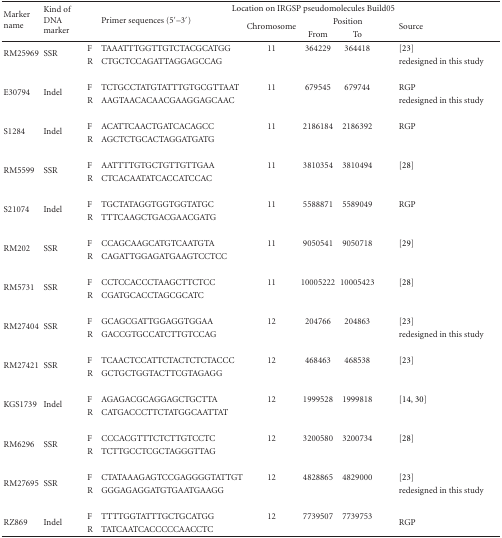
<table><thead><tr><td rowspan="3"><b>Marker name</b></td><td rowspan="3"><b>Kind of DNA marker</b></td><td rowspan="3"></td><td rowspan="3"><b>Primer sequences (5′–3′)</b></td><td colspan="3"><b>Location on IRGSP pseudomolecules Build05</b></td><td></td></tr><tr><td rowspan="2"><b>Chromosome</b></td><td colspan="2"><b>Position</b></td><td rowspan="2"><b>Source</b></td></tr><tr><td><b>From</b></td><td><b>To</b></td></tr></thead><tbody><tr><td rowspan="2">RM25969</td><td rowspan="2">SSR</td><td>F</td><td>TAAATTTGGTTGTCTACGCATGG</td><td>11</td><td>364229</td><td>364418</td><td>[23]</td></tr><tr><td>R</td><td>CTGCTCCAGATTAGGAGCCAG</td><td></td><td></td><td></td><td>redesigned in this study</td></tr><tr><td rowspan="2">E30794</td><td rowspan="2">Indel</td><td>F</td><td>TCTGCCTATGTATTTGTGCGTTAAT</td><td>11</td><td>679545</td><td>679744</td><td>RGP</td></tr><tr><td>R</td><td>AAGTAACACAACGAAGGAGCAAC</td><td></td><td></td><td></td><td>redesigned in this study</td></tr><tr><td rowspan="2">S1284</td><td rowspan="2">Indel</td><td>F</td><td>ACATTCAACTGATCACAGCC</td><td>11</td><td>2186184</td><td>2186392</td><td>RGP</td></tr><tr><td>R</td><td>AGCTCTGCACTAGGATGATG</td><td></td><td></td><td></td><td></td></tr><tr><td rowspan="2">RM5599</td><td rowspan="2">SSR</td><td>F</td><td>AATTTTGTGCTGTTGTTGAA</td><td>11</td><td>3810354</td><td>3810494</td><td>[28]</td></tr><tr><td>R</td><td>CTCACAATATCACCATCCAC</td><td></td><td></td><td></td><td></td></tr><tr><td rowspan="2">S21074</td><td rowspan="2">Indel</td><td>F</td><td>TGCTATAGGTGGTGGTATGC</td><td>11</td><td>5588871</td><td>5589049</td><td>RGP</td></tr><tr><td>R</td><td>TTTCAAGCTGACGAACGATG</td><td></td><td></td><td></td><td></td></tr><tr><td rowspan="2">RM202</td><td rowspan="2">SSR</td><td>F</td><td>CCAGCAAGCATGTCAATGTA</td><td>11</td><td>9050541</td><td>9050718</td><td>[29]</td></tr><tr><td>R</td><td>CAGATTGGAGATGAAGTCCTCC</td><td></td><td></td><td></td><td></td></tr><tr><td rowspan="2">RM5731</td><td rowspan="2">SSR</td><td>F</td><td>CCTCCACCCTAAGCTTCTCC</td><td>11</td><td>10005222</td><td>10005423</td><td>[28]</td></tr><tr><td>R</td><td>CGATGCACCTAGCGCATC</td><td></td><td></td><td></td><td></td></tr><tr><td rowspan="2">RM27404</td><td rowspan="2">SSR</td><td>F</td><td>GCAGCGATTGGAGGTGGAA</td><td>12</td><td>204766</td><td>204863</td><td>[23]</td></tr><tr><td>R</td><td>GACCGTGCCATCTTGTCCAG</td><td></td><td></td><td></td><td>redesigned in this study</td></tr><tr><td rowspan="2">RM27421</td><td rowspan="2">SSR</td><td>F</td><td>TCAACTCCATTCTACTCTCTACCC</td><td>12</td><td>468463</td><td>468538</td><td>[23]</td></tr><tr><td>R</td><td>GCTGCTGGTACTTCGTAGAGG</td><td></td><td></td><td></td><td></td></tr><tr><td rowspan="2">KGS1739</td><td rowspan="2">Indel</td><td>F</td><td>AGAGACGCAGGAGCTGCTTA</td><td>12</td><td>1999528</td><td>1999818</td><td>[14, 30]</td></tr><tr><td>R</td><td>CATGACCCTTCTATGGCAATTAT</td><td></td><td></td><td></td><td></td></tr><tr><td rowspan="2">RM6296</td><td rowspan="2">SSR</td><td>F</td><td>CCCACGTTTCTCTTGTCCTC</td><td>12</td><td>3200580</td><td>3200734</td><td>[28]</td></tr><tr><td>R</td><td>TCTTGCCTCGCTAGGGTTAG</td><td></td><td></td><td></td><td></td></tr><tr><td rowspan="2">RM27695</td><td rowspan="2">SSR</td><td>F</td><td>CTATAAAGAGTCCGAGGGGTATTGT</td><td>12</td><td>4828865</td><td>4829000</td><td>[23]</td></tr><tr><td>R</td><td>GGGAGAGGATGTGAATGAAGG</td><td></td><td></td><td></td><td>redesigned in this study</td></tr><tr><td rowspan="2">RZ869</td><td rowspan="2">Indel</td><td>F</td><td>TTTTGGTATTTGCTGCATGG</td><td>12</td><td>7739507</td><td>7739753</td><td rowspan="2">RGP</td></tr><tr><td>R</td><td>TATCAATCACCCCCAACCTC</td><td></td><td></td><td></td></tr></tbody></table>